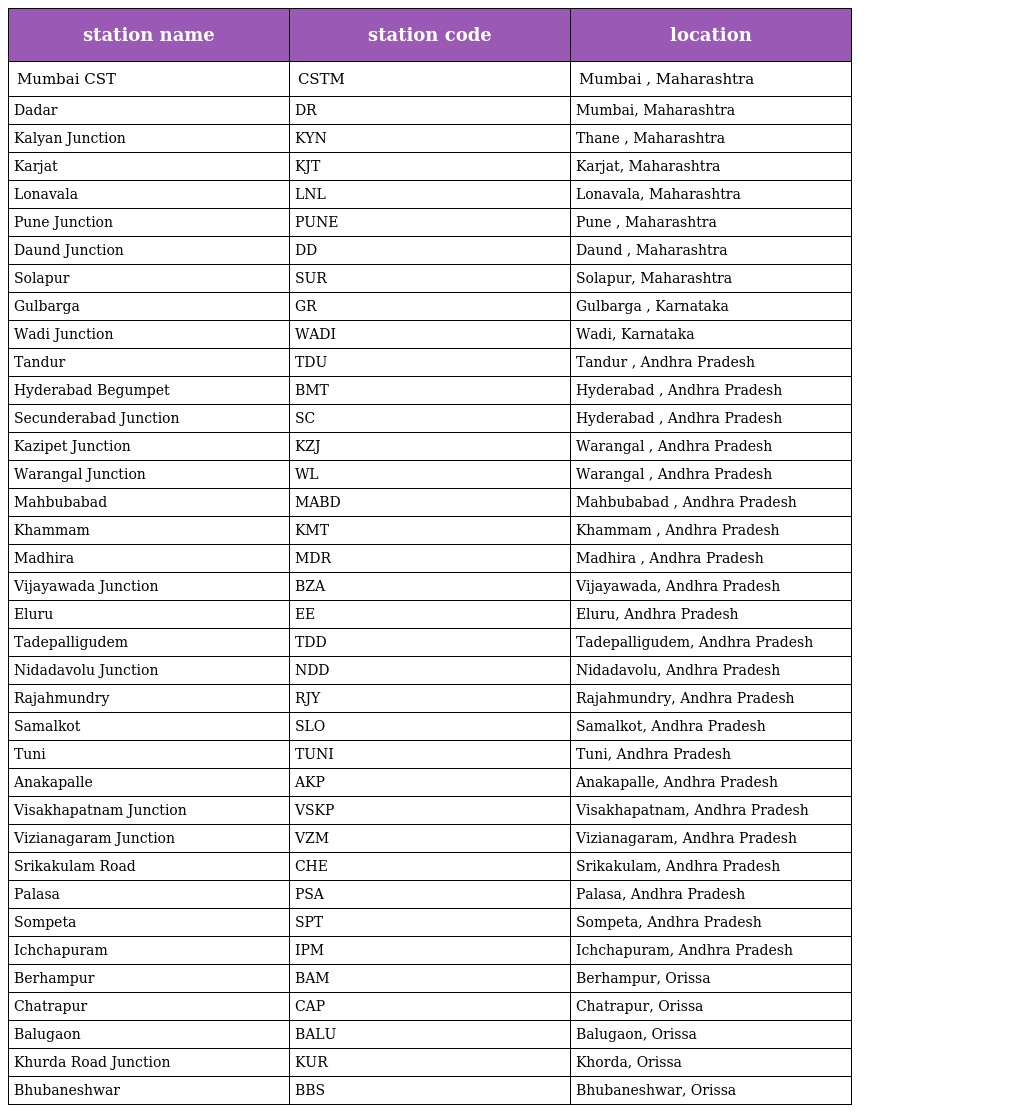
| station name | station code | location |
 | --- | --- | --- |
 | Mumbai CST | CSTM | Mumbai , Maharashtra |
 | Dadar | DR | Mumbai, Maharashtra |
 | Kalyan Junction | KYN | Thane , Maharashtra |
 | Karjat | KJT | Karjat, Maharashtra |
 | Lonavala | LNL | Lonavala, Maharashtra |
 | Pune Junction | PUNE | Pune , Maharashtra |
 | Daund Junction | DD | Daund , Maharashtra |
 | Solapur | SUR | Solapur, Maharashtra |
 | Gulbarga | GR | Gulbarga , Karnataka |
 | Wadi Junction | WADI | Wadi, Karnataka |
 | Tandur | TDU | Tandur , Andhra Pradesh |
 | Hyderabad Begumpet | BMT | Hyderabad , Andhra Pradesh |
 | Secunderabad Junction | SC | Hyderabad , Andhra Pradesh |
 | Kazipet Junction | KZJ | Warangal , Andhra Pradesh |
 | Warangal Junction | WL | Warangal , Andhra Pradesh |
 | Mahbubabad | MABD | Mahbubabad , Andhra Pradesh |
 | Khammam | KMT | Khammam , Andhra Pradesh |
 | Madhira | MDR | Madhira , Andhra Pradesh |
 | Vijayawada Junction | BZA | Vijayawada, Andhra Pradesh |
 | Eluru | EE | Eluru, Andhra Pradesh |
 | Tadepalligudem | TDD | Tadepalligudem, Andhra Pradesh |
 | Nidadavolu Junction | NDD | Nidadavolu, Andhra Pradesh |
 | Rajahmundry | RJY | Rajahmundry, Andhra Pradesh |
 | Samalkot | SLO | Samalkot, Andhra Pradesh |
 | Tuni | TUNI | Tuni, Andhra Pradesh |
 | Anakapalle | AKP | Anakapalle, Andhra Pradesh |
 | Visakhapatnam Junction | VSKP | Visakhapatnam, Andhra Pradesh |
 | Vizianagaram Junction | VZM | Vizianagaram, Andhra Pradesh |
 | Srikakulam Road | CHE | Srikakulam, Andhra Pradesh |
 | Palasa | PSA | Palasa, Andhra Pradesh |
 | Sompeta | SPT | Sompeta, Andhra Pradesh |
 | Ichchapuram | IPM | Ichchapuram, Andhra Pradesh |
 | Berhampur | BAM | Berhampur, Orissa |
 | Chatrapur | CAP | Chatrapur, Orissa |
 | Balugaon | BALU | Balugaon, Orissa |
 | Khurda Road Junction | KUR | Khorda, Orissa |
 | Bhubaneshwar | BBS | Bhubaneshwar, Orissa |